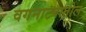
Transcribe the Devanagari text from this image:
वगनाट्यातील